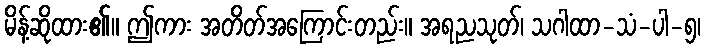
မိန့်ဆိုထား၏။ ဤကား အတိတ်အကြောင်းတည်း။ အရညသုတ်၊ သဂါထာ-သံ-ပါ-၅၊